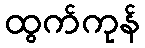
ထွက်ကုန်